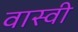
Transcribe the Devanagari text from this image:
वास्वी